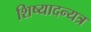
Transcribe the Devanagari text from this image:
शिष्यादन्यत्र